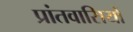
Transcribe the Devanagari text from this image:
प्रांतवासियों